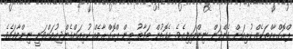
ޕްރޮގްރާމްތަކެއް ކުރިއަށް ގެންދަން ނިންމައިފިއެވެ. އެގޮތުން ތަފާތު ތިން ޕްރޮގްރާމެއް ކުރިއަށްގެންދިއުމަށްވަނީ ނިންމާފައެވެ.